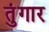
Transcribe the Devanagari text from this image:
तुंगार